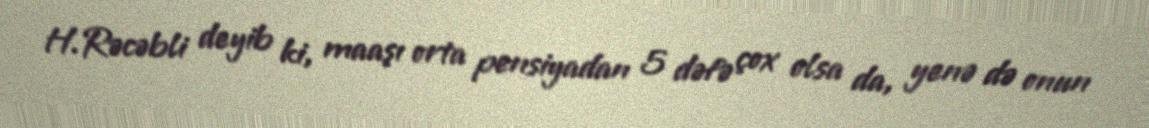
H.Rəcəbli deyib ki, maaşı orta pensiyadan 5 dəfə çox olsa da, yenə də onun